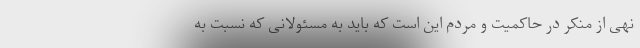
نهی از منکر در حاکمیت و مردم این است که باید به مسئولانی که نسبت به